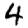
Digit: 4